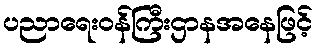
ပညာရေးဝန်ကြီးဌာနအနေဖြင့်